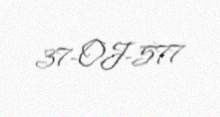
37-OJ-577